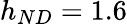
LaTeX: h_{ND}=1.6